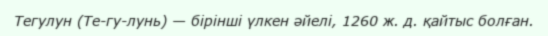
Тегулун (Те-гу-лунь) — бірінші үлкен әйелі, 1260 ж. д. қайтыс болған.